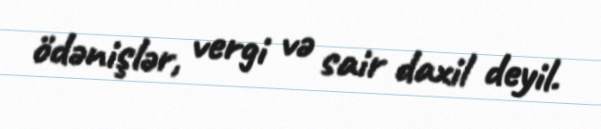
ödənişlər, vergi və sair daxil deyil.